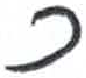
אות: כ